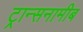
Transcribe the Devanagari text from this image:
ट्रान्सनामीब